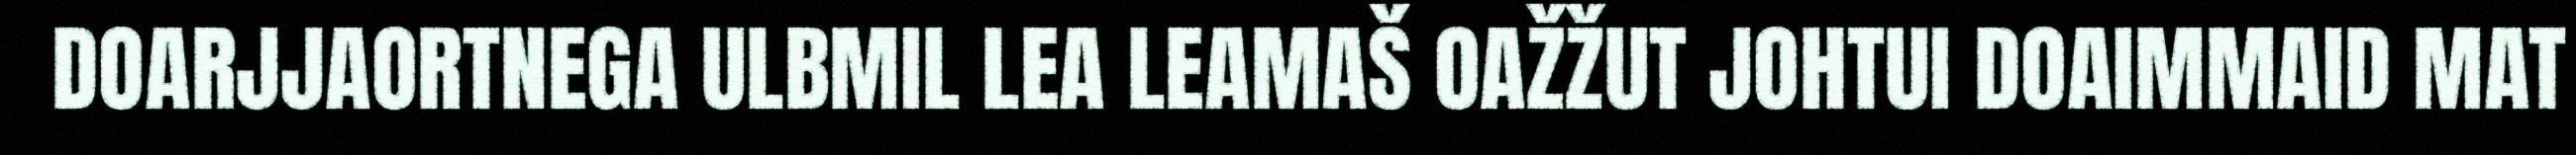
DOARJJAORTNEGA ULBMIL LEA LEAMAŠ OAŽŽUT JOHTUI DOAIMMAID MAT